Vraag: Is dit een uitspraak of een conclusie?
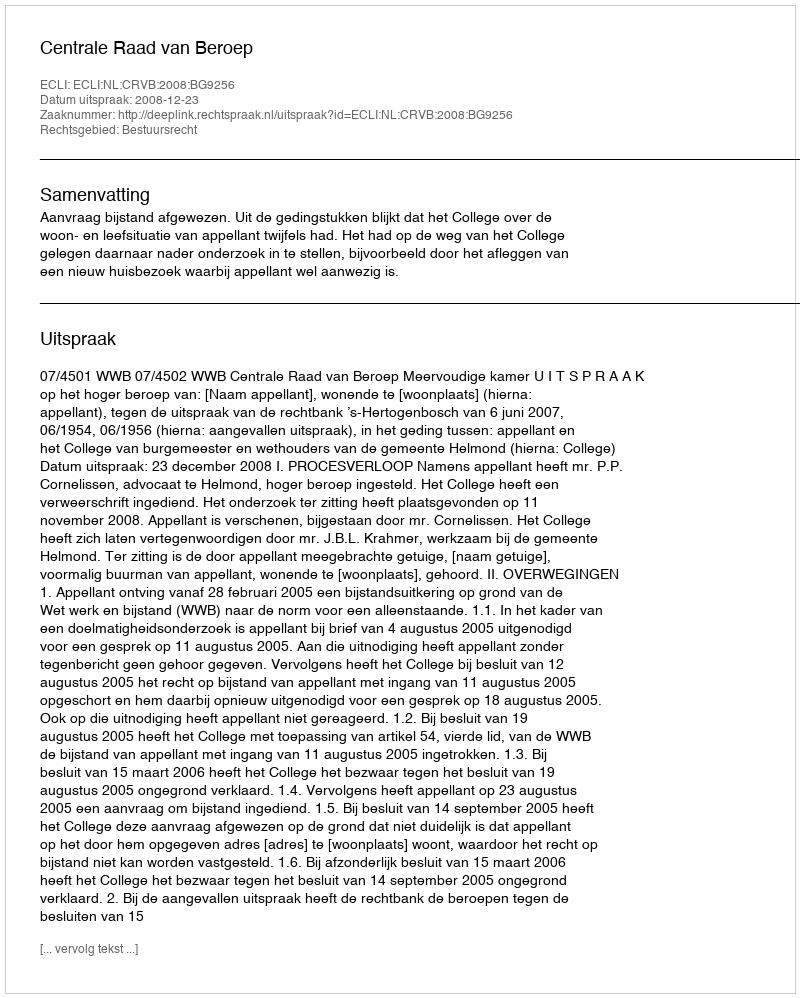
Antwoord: Uitspraak